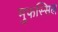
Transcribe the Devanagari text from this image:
मुफस्सिल